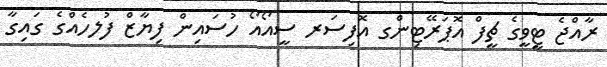
ރާއްޖެ ޓީވީގެ ޗީފް އޮޕަރޭޓިންގ އޮފިސަރ ސީއޯއޯ ހުސައިން ފިޔާޒް ފުލހެއްގެ ގައިގާ